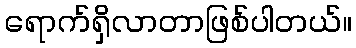
ရောက်ရှိလာတာဖြစ်ပါတယ်။